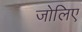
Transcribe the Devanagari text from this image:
जोलिए